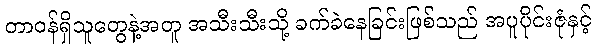
တာဝန်ရှိသူတွေနဲ့အတူ အသီးသီးသို့ ခက်ခဲနေခြင်းဖြစ်သည် အပူပိုင်းဇုံနှင့်